Scientific memoirs by medical officers of the Army of India - Part IX,
Year: 1895
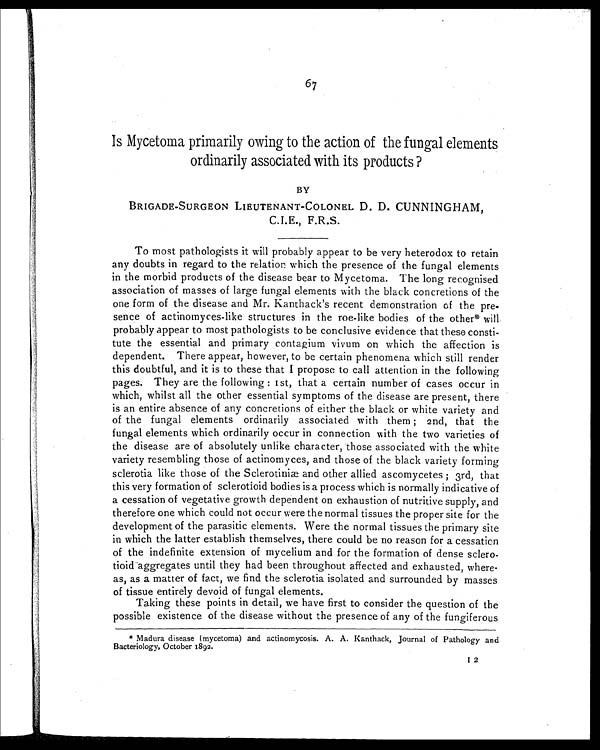
67
Is Mycetoma primarily owing to the action of the fungal elements
ordinarily associated with its products ?
BY
BRIGADE-SURGEON LIEUTENANT-COLONEL D. D. CUNNINGHAM,
C.I.E., F.R.S.
To most pathologists it will probably appear to be very heterodox to retain
any doubts in regard to the relation which the presence of the fungal elements
in the morbid products of the disease bear to Mycetoma. The long recognised
association of masses of large fungal elements with the black concretions of the
one form of the disease and Mr. Kanthack's recent demonstration of the pre-
-sence of actinomyces-like structures in the roe-like bodies of the other* will.
probably appear to most pathologists to be conclusive evidence that these consti--
tute the essential and primary contagium vivum on which the affection is
dependent. There appear, however, to be certain phenomena which still render
this doubtful, and it is to these that I propose to call attention in the following
pages. They are the following : 1st, that a certain number of cases occur in
which, whilst all the other essential symptoms of the disease are present, there
is an entire absence of any concretions of either the black or white variety and
of the fungal elements ordinarily associated with them ; 2nd, that the
fungal elements which ordinarily occur in connection with the two varieties of
the disease are of absolutely unlike character, those associated with the white
variety resembling those of actinomyces, and those of the black variety forming
sclerotia like those of the Sclerotiniæ and other allied ascomycetes ; 3rd, that
this very formation of sclerotioid bodies is a process which is normally indicative of
a cessation of vegetative growth dependent on exhaustion of nutritive supply, and
therefore one which could not occur were the normal tissues the proper site for the
development of the parasitic elements. Were the normal tissues the primary site
in which the latter establish themselves, there could be no reason for a cessation
of the indefinite extension of mycelium and for the formation of dense sclero--
tioid aggregates until they had been throughout affected and exhausted, where-
as, as a matter of fact, we find the sclerotia isolated and surrounded by masses
of tissue entirely devoid of fungal elements.
Taking these points in detail, we have first to consider the question of the
possible existence of the disease without the presence of any of the fungiferous
* Madura disease (mycetoma) and actinomycosis. A. A. Kanthack, Journal of Pathology and
Bacteriology, October 1892.
1 2
I2